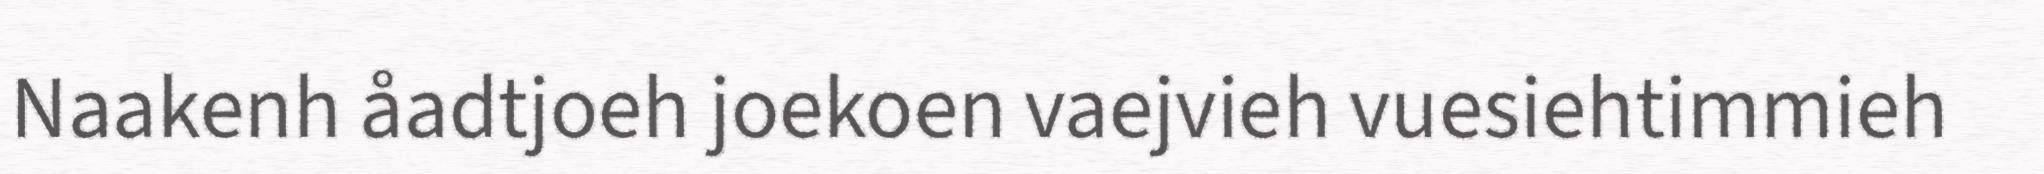
Naakenh åadtjoeh joekoen vaejvieh vuesiehtimmieh